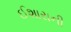
ઈશારાની